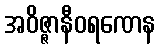
အဝိဇ္ဇာနီဝရဏေန